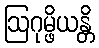
ဩဂုမ္ဖိယန္တိ